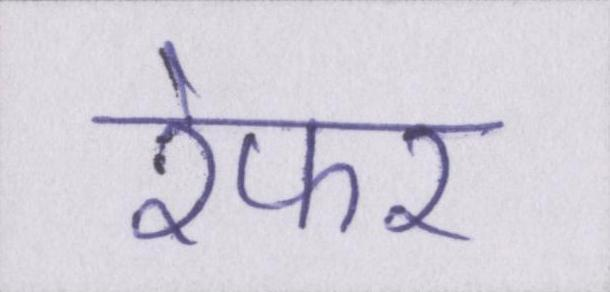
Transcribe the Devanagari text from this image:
रेफर